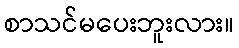
စာသင်မပေးဘူးလား။